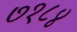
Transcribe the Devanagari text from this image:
७१८४